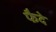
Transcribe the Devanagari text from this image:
फैदे